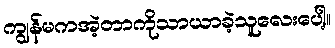
ကျွန်မကအဲ့တာကိုသာယာခဲ့သူလေးပေါ့။